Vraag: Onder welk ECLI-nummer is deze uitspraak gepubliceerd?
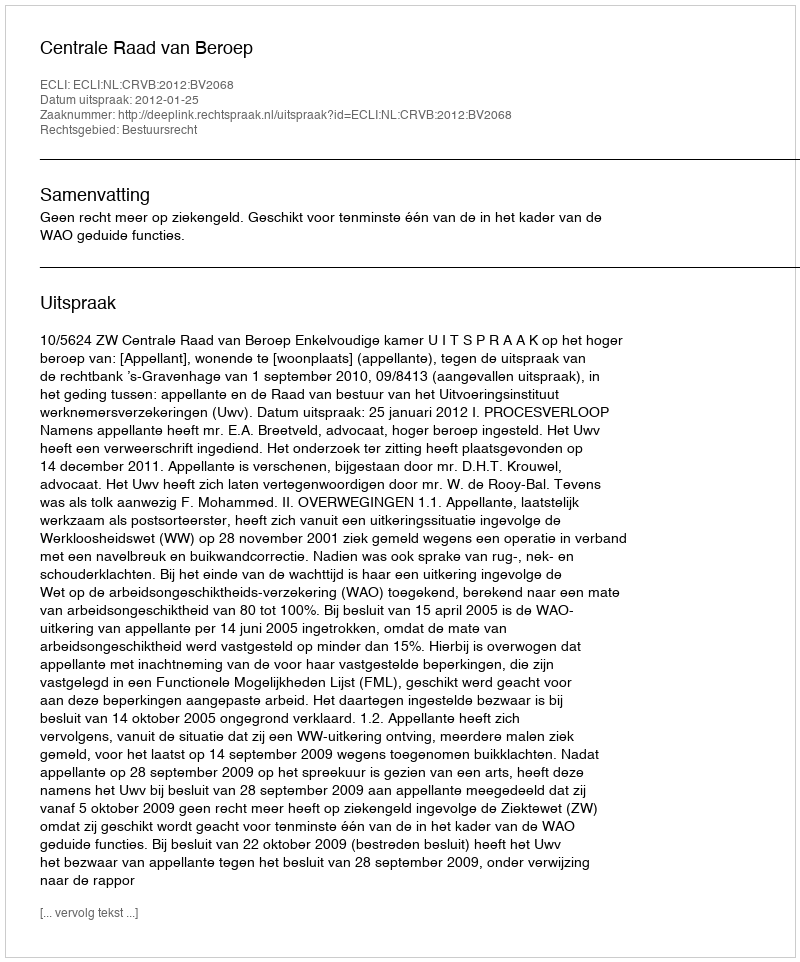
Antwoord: ECLI:NL:CRVB:2012:BV2068